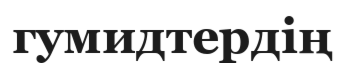
гумидтердің